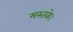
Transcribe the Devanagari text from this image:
मस्तके।